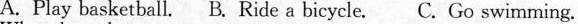
A. Play basketball. B. Ride a bicycle. C. Go swimming.